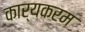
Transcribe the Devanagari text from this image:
कार्यकरम